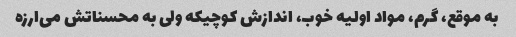
به موقع، گرم، مواد اولیه خوب، اندازش کوچیکه ولی به محسناتش می‌ارزه